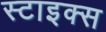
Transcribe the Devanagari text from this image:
स्टाइक्स